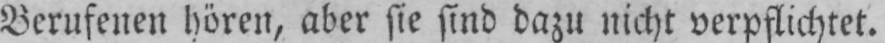
Berufenen hören, aber sie sind dazu nicht verpflichtet.